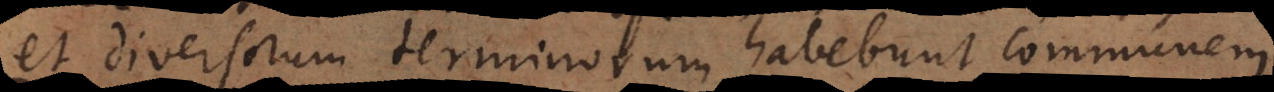
ersorum terminorum habebunt communem